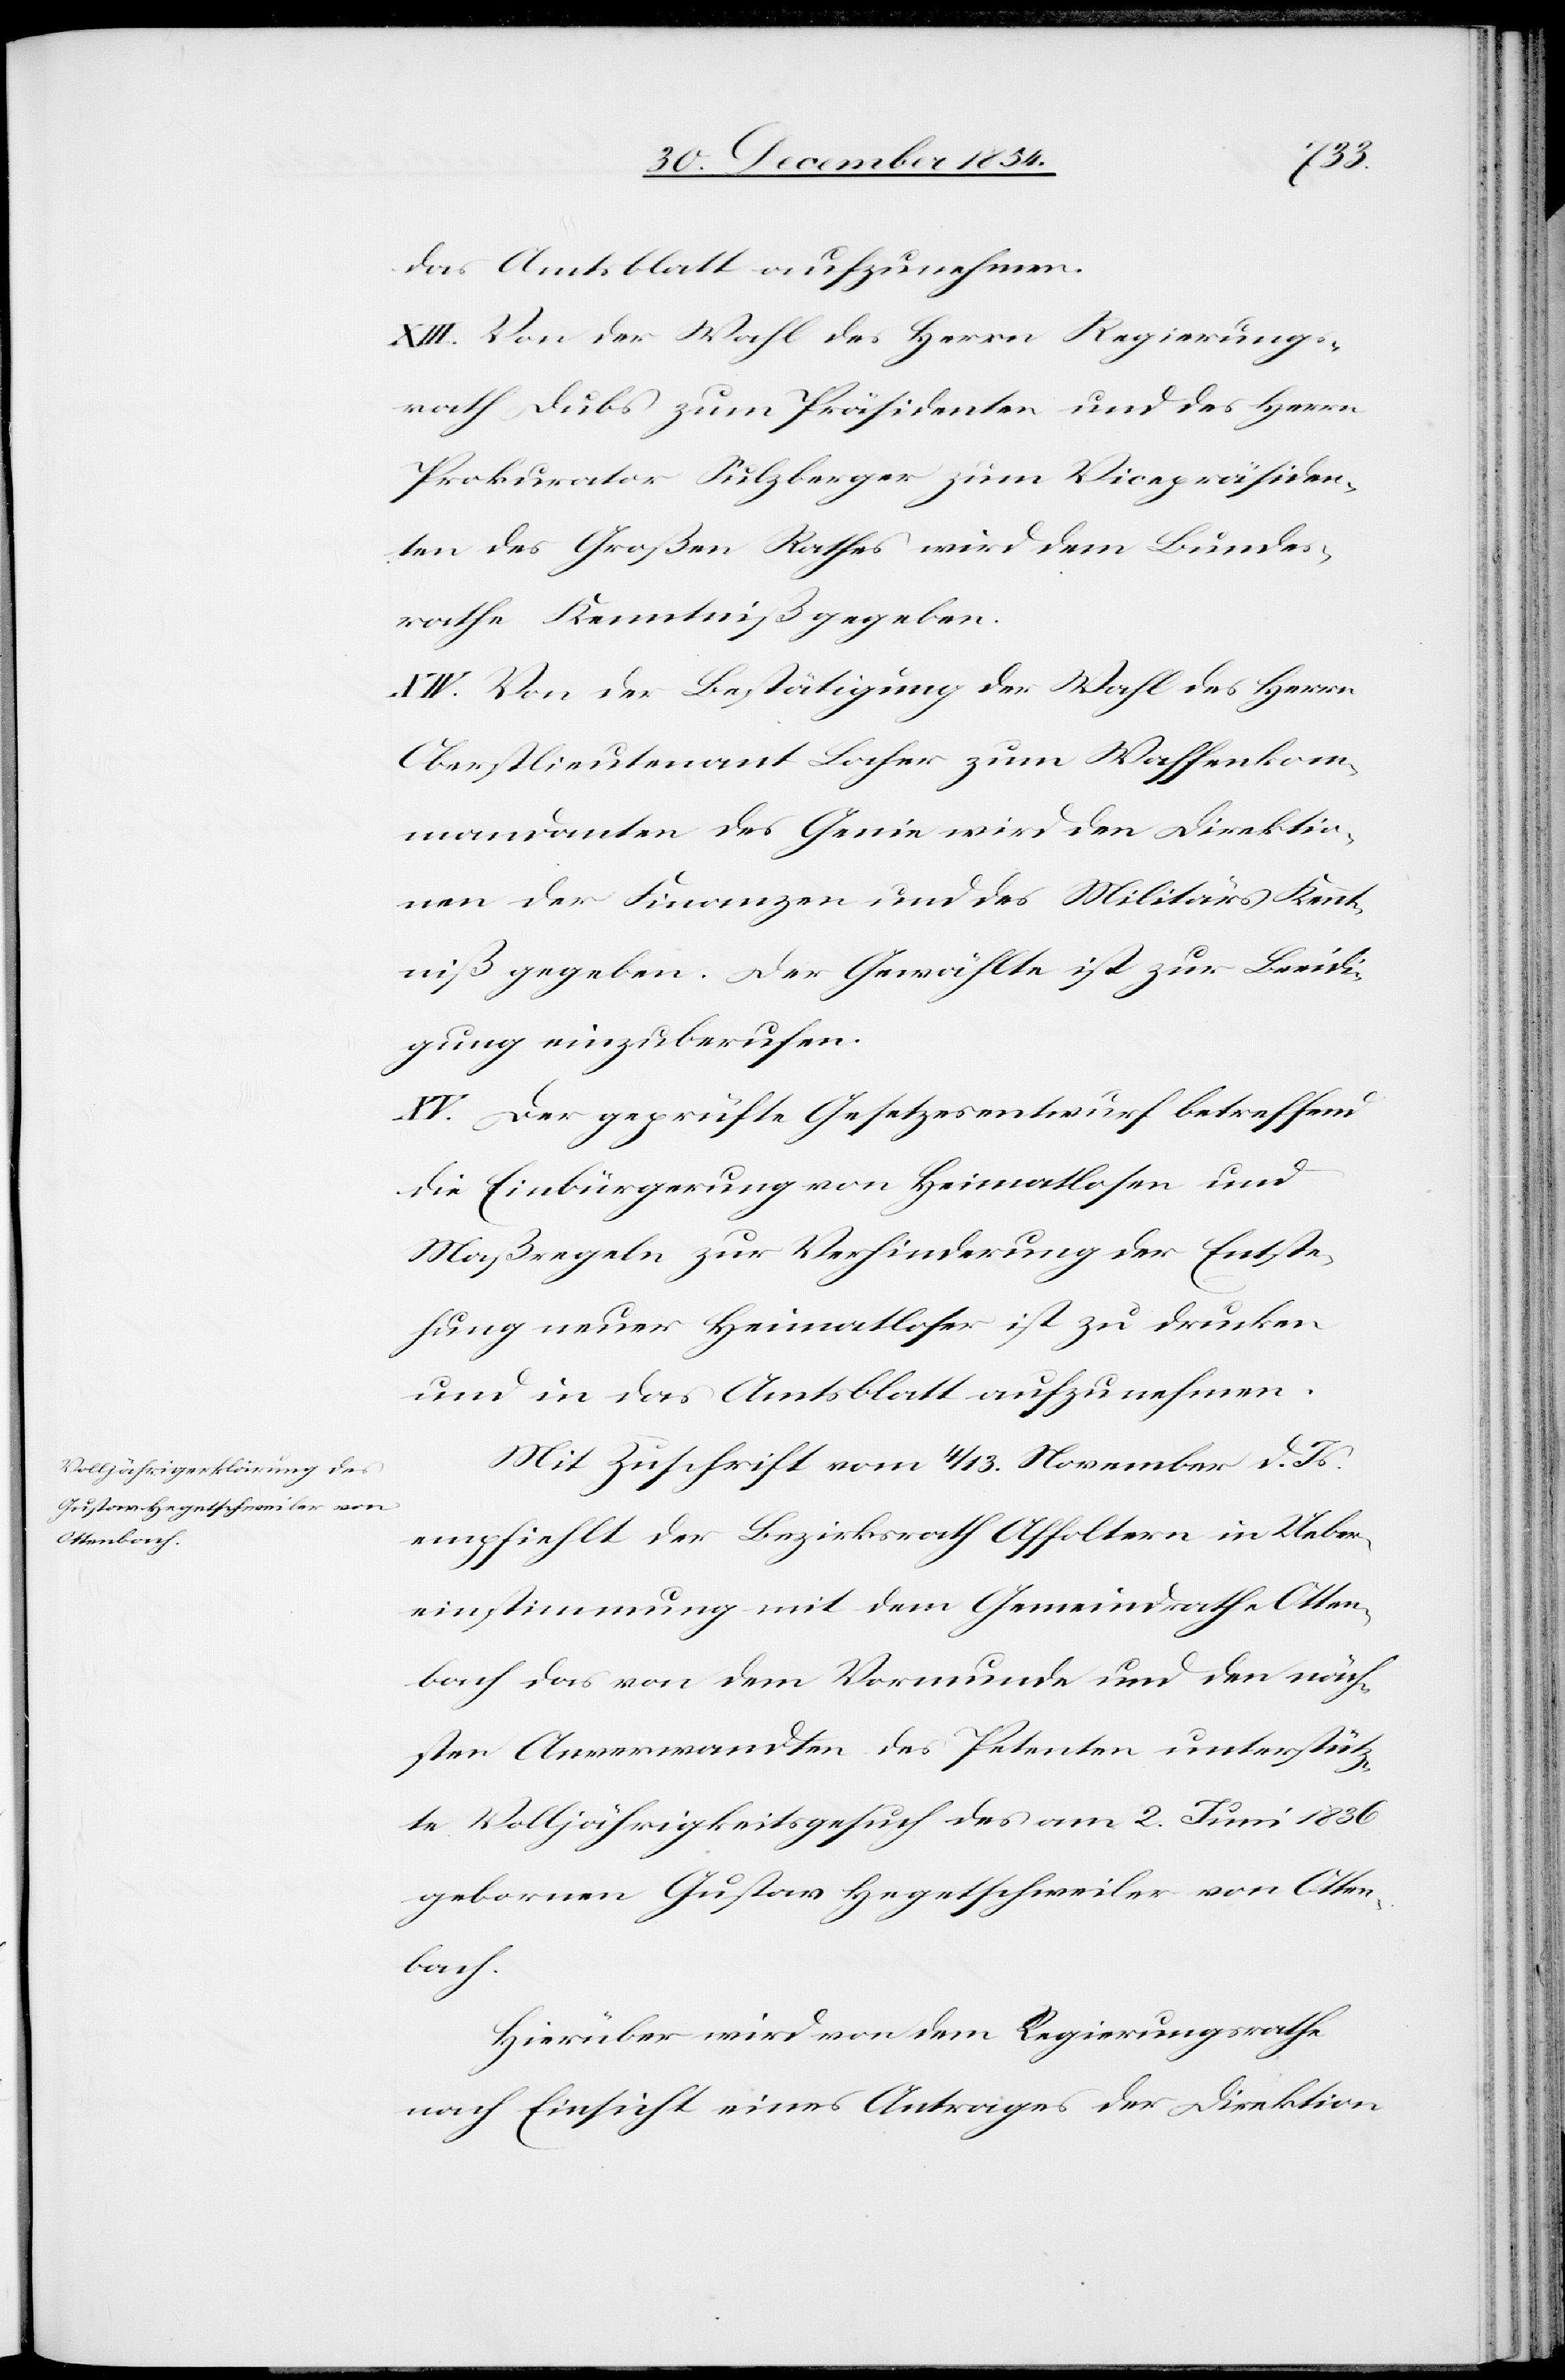
das Amtsblatte aufzunehmen.
XIII.[)] Von der Wahl des Herrn Regierungs¬
rath Dubs zum Präsidenten und des Herrn
Prokurator Sulzberger zum Vicepräsiden¬
ten des Großen Rathes wird dem Bundes¬
rathe Kenntniß gegeben.
XIV.[)] Von der Bestätigung der Wahl des Herrn
Oberstlieutenant Locher zum Waffenkom¬
mandanten des Genie wird den Direktio¬
nen der Finanzen und des Militärs Kennt¬
niß gegeben. Der Gewählte ist zur Beeidi¬
gung einzuberufen.
XV.[)] Der geprüfte Gesetzesentwurf betreffend
die Einbürgerung von Heimatlosen und
Maßregeln zur Verhinderung der Entspre¬
chung neuer Heimatloser ist zu drucken
und in das Amtsblatt aufzunehmen.
Mit Zuschrift vom 4/13. November d. Js.
empfiehlt der Bezirksrath Affoltern in Ueber¬
einstimmung mit dem Gemeindrathe Otten¬
bach das von dem Vormunde und den näch¬
sten Anverwandten des Petenten unterstütz¬
te Volljährigkeitsgesuch des am 2. Juni 1836
gebornen Gustav Hegetschweiler von Otten¬
bach.
Hierüber wird von dem Regierungsrathe
nach Einsicht eines Antrages der Direktion